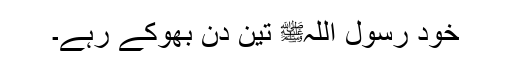
خود رسول اللہﷺ تین دن بھوکے رہے۔